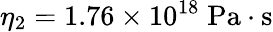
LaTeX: \eta_{2}=1.76\times 10^{18}\; \mathrm{Pa\cdot s}